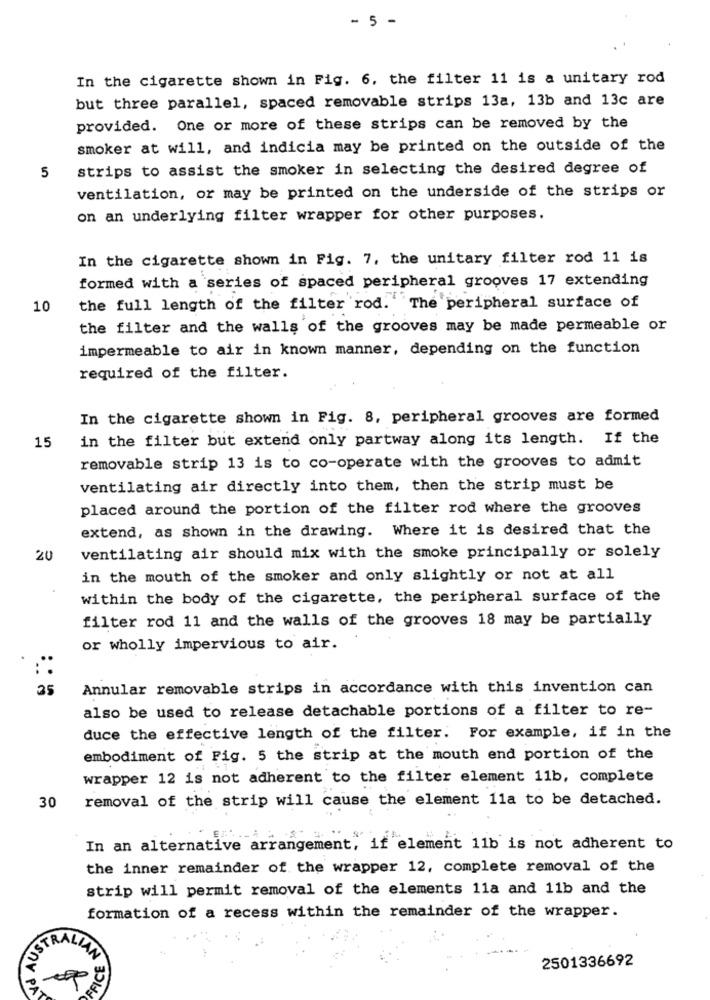
- 5 -
In the cigarette shown in Fig. 6. the filter 11 is a unitary rod
but three parallel, spaced removable strips 13a, 13b and 13c are
provided. One or more of these strips can be removed by the
smoker at will, and indicia may be printed on the outside of the
strips to assist the smoker in selecting the desired degree of
5
ventilation, or may be printed on the underside of the strips or
on an underlying filter wrapper for other purposes.
In the cigarette shown in Fig. 7, the unitary filter rod 11 is
formed with a series of spaced peripheral grooves 17 extending
10
the full length of the filter rod. The peripheral surface of
the filter and the walls of the grooves may be made permeable or
impermeable to air in known manner, depending on the function
required of the filter.
In the cigarette shown in Fig. 8, peripheral grooves are formed
15
in the filter but extend only partway along its length. If the
removable strip 13 is to co-operate with the grooves to admit
ventilating air directly into them, then the strip must be
placed around the portion of the filter rod where the grooves
extend, as shown in the drawing. Where it is desired that the
20
ventilating air should mix with the smoke principally or solely
in the mouth of the smoker and only slightly or not at all
within the body of the cigarette, the peripheral surface of the
filter rod 11 and the walls of the grooves 18 may be partially
or wholly impervious to air.
35
Annular removable strips in accordance with this invention can
also be used to release detachable portions of a filter to re-
duce the effective length of the filter. For example, if in the
embodiment of Fig. 5 the strip at the mouth end portion of the
wrapper 12 is not adherent to the filter element 11b, complete
removal of the strip will cause the element 11a to be detached.
30
In an alternative arrangement, if element 11b is not adherent to
the inner remainder of the wrapper 12, complete removal of the
strip will permit removal of the elements 11a and 11b and the
formation of a recess within the remainder of the wrapper.
USTRALLA
FICE
2501336692